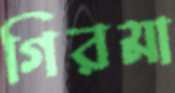
গিরমা